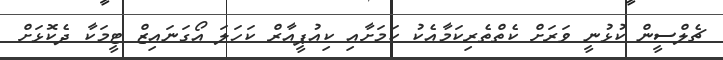
ޗެލްސީން ކުޅުނީ ވަރަށް ކެތްތެރިކަމާއެކު ކަމަށާއި ކިއުޕީއާރް ކަހަލަ އޯގަނައިޒް ޓީމަކާ ދެކޮޅަށް